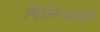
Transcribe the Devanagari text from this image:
मिलिन्दपंहां